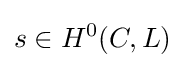
s\in H^{0}(C,L)